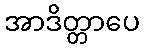
အာဒိတ္တာပေ